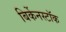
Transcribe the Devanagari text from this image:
बिर्केनस्टॉक